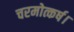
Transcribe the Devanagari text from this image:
चरमोत्कर्ष।